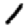
Digit: 1